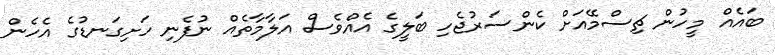
ބައެއް މީހުން ޗިސްމޭއަށް ކެންސަރުޖެހި ބަލީގެ އެއްވެސް އަލާމާތެއް ނުފެނި ހަށިގަނޑުގެ އެހެން